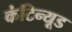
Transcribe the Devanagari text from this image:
कंटिन्यूड